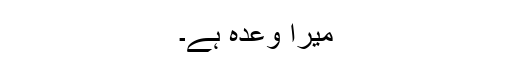
میرا وعدہ ہے۔